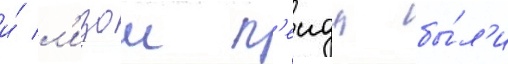
и́ л'изои п'еидж бы́л'и